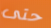
حتى